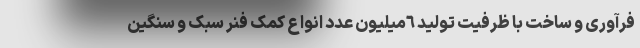
فرآوری و ساخت با ظرفیت تولید ٦میلیون عدد انواع کمک فنر سبک و سنگین